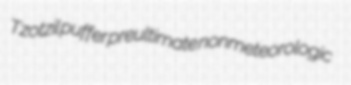
Tzotzil puffer preultimate nonmeteorologic